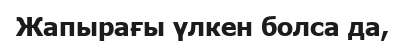
Жапырағы үлкен болса да,